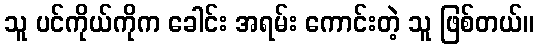
သူ ပင်ကိုယ်ကိုက ခေါင်း အရမ်း ကောင်းတဲ့ သူ ဖြစ်တယ်။